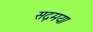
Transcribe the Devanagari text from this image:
सद्गमय।